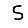
Digit: 5